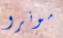
مونرو